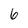
Character: 6